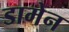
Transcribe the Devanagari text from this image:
डामेन